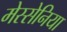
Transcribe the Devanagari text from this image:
मेस्सेनिया